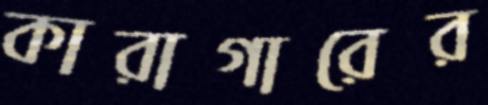
কারাগারের